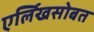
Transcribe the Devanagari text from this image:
एर्लिखसोबत